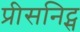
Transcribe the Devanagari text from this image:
प्रीसनिट्स